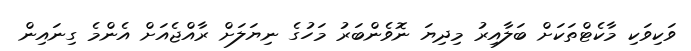
ވަކިވަކި މާކެޓްތަކަށް ބަލާއިރު މިދިޔަ ނޮވެންބަރު މަހުގެ ނިޔަލަށް ރާއްޖެއަށް އެންމެ ގިނައިން